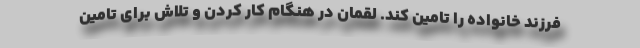
فرزند خانواده را تامین کند. لقمان در هنگام کار کردن و تلاش برای تامین